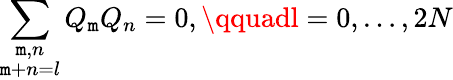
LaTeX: \sum_{\stackrel{\scriptstyle\mathtt{m},n}{\mathtt{m}+n=l}}Q_{\mathtt{m}}Q_{n}=0,\qquadl=0,\ldots,2N